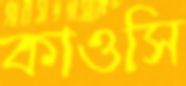
কাওসি